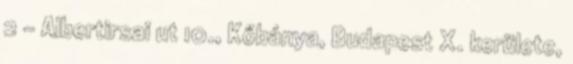
2 - Albertirsai ut 10., Kőbánya, Budapest X. kerülete,